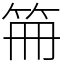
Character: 笧